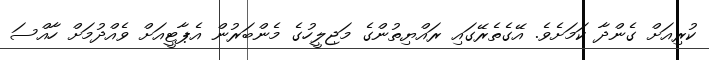
ކުރިއަށް ގެންދާ ކަމަށެވެ. އޭގެތެރޭގައި ރައްޔިތުންގެ މަޖިލީހުގެ މެންބަރުން އެޕާޓީއަށް ވެއްދުމަށް ހާއްސަ